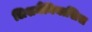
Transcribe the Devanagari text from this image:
लिशमैनियासिस